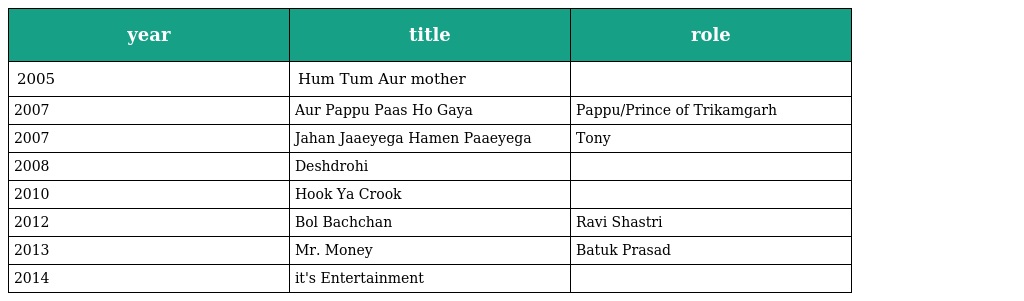
| year | title | role |
 | --- | --- | --- |
 | 2005 | Hum Tum Aur mother |  |
 | 2007 | Aur Pappu Paas Ho Gaya | Pappu/Prince of Trikamgarh |
 | 2007 | Jahan Jaaeyega Hamen Paaeyega | Tony |
 | 2008 | Deshdrohi |  |
 | 2010 | Hook Ya Crook |  |
 | 2012 | Bol Bachchan | Ravi Shastri |
 | 2013 | Mr. Money | Batuk Prasad |
 | 2014 | it's Entertainment |  |